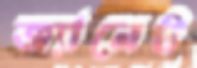
জ্যানেট